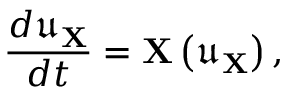
\frac { d \mathfrak { u } _ { \mathbf { X } } } { d t } = \mathbf { X } \left( \mathfrak { u } _ { \mathbf { X } } \right) ,